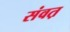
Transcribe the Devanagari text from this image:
संवत़